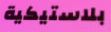
بلاستيكية